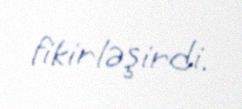
fikirləşirdi.